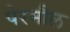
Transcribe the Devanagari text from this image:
पेरमौल